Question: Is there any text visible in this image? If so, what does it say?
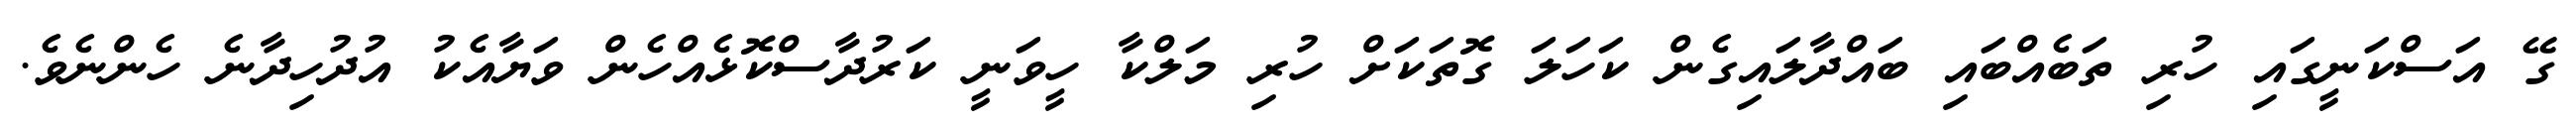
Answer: ގޭ އަސްކަނީގައި ހުރި ތަބެއްބައި ބައްދާލައިގެން ކަހަލަ ގޮތަކަށް ހުރި މަލްކާ ހީވަނީ ކަރުދާސްކޮޅެއްހެން ވަޔާއެކު އުދުހިދާނެ ހެންނެވެ.